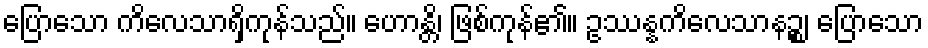
ပြောသော ကိလေသာရှိကုန်သည်။ ဟောန္တိ၊ ဖြစ်ကုန်၏။ ဥဿန္နကိလေသာနဉ္စ၊ ပြောသော